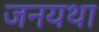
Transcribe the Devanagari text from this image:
जनयथा